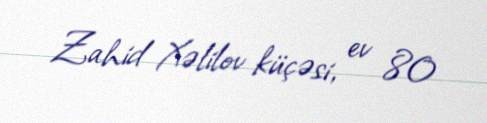
Zahid Xəlilov küçəsi, ev 80